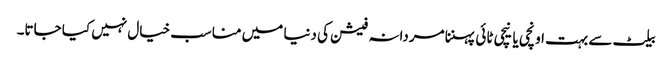
بیلٹ سے بہت اونچی یا نیچی ٹائی پہننا مردانہ فیشن کی دنیا میں مناسب خیال نہیں کیا جاتا۔